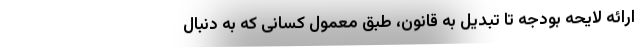
ارائه لایحه بودجه تا تبدیل به قانون، طبق معمول کسانی که به دنبال